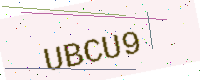
Text: UBCU9